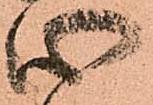
心